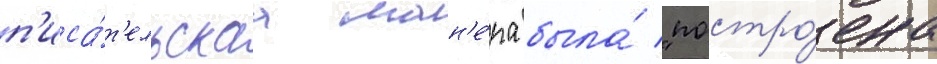
п'иса́т'ельскаа ман'е́ра была́ "постро́ена